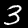
Digit: 3